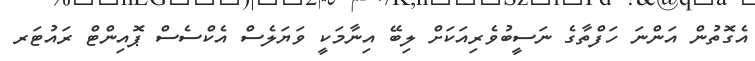
އެގޮތުން އަންނަ ހަފްތާގެ ނަސީބުވެރިއަކަށް ލިބޭ އިނާމަކީ ވަޔަލެސް އެކްސެސް ޕޮއިންޓް ރައުޓަރ